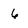
Character: 6